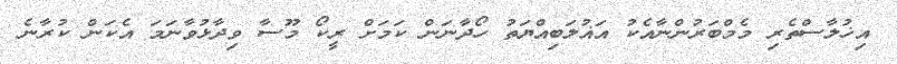
އިޚުލާސްތެރި މެމްބަރުންނާއެކު އަޣުލަބިއްޔަތު ހޯދާނަން ކަމަށް ރީކޯ މޫސާ ވިދާޅުވާނަމަ އެކަން ކުރާނެ